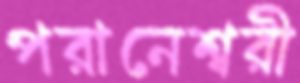
পরানেশ্বরী